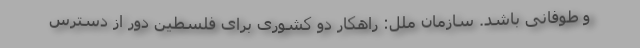
و طوفانی باشد. سازمان ملل: راهکار دو کشوری برای فلسطین دور از دسترس